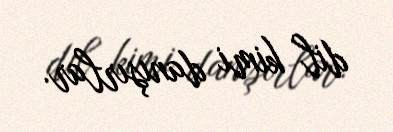
dil kimi danışırlar.